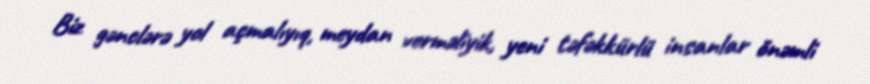
Biz gənclərə yol açmalıyıq, meydan verməliyik, yeni təfəkkürlü insanlar önəmli